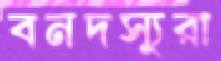
বনদস্যুরা